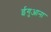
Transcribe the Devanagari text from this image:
ईगुआना